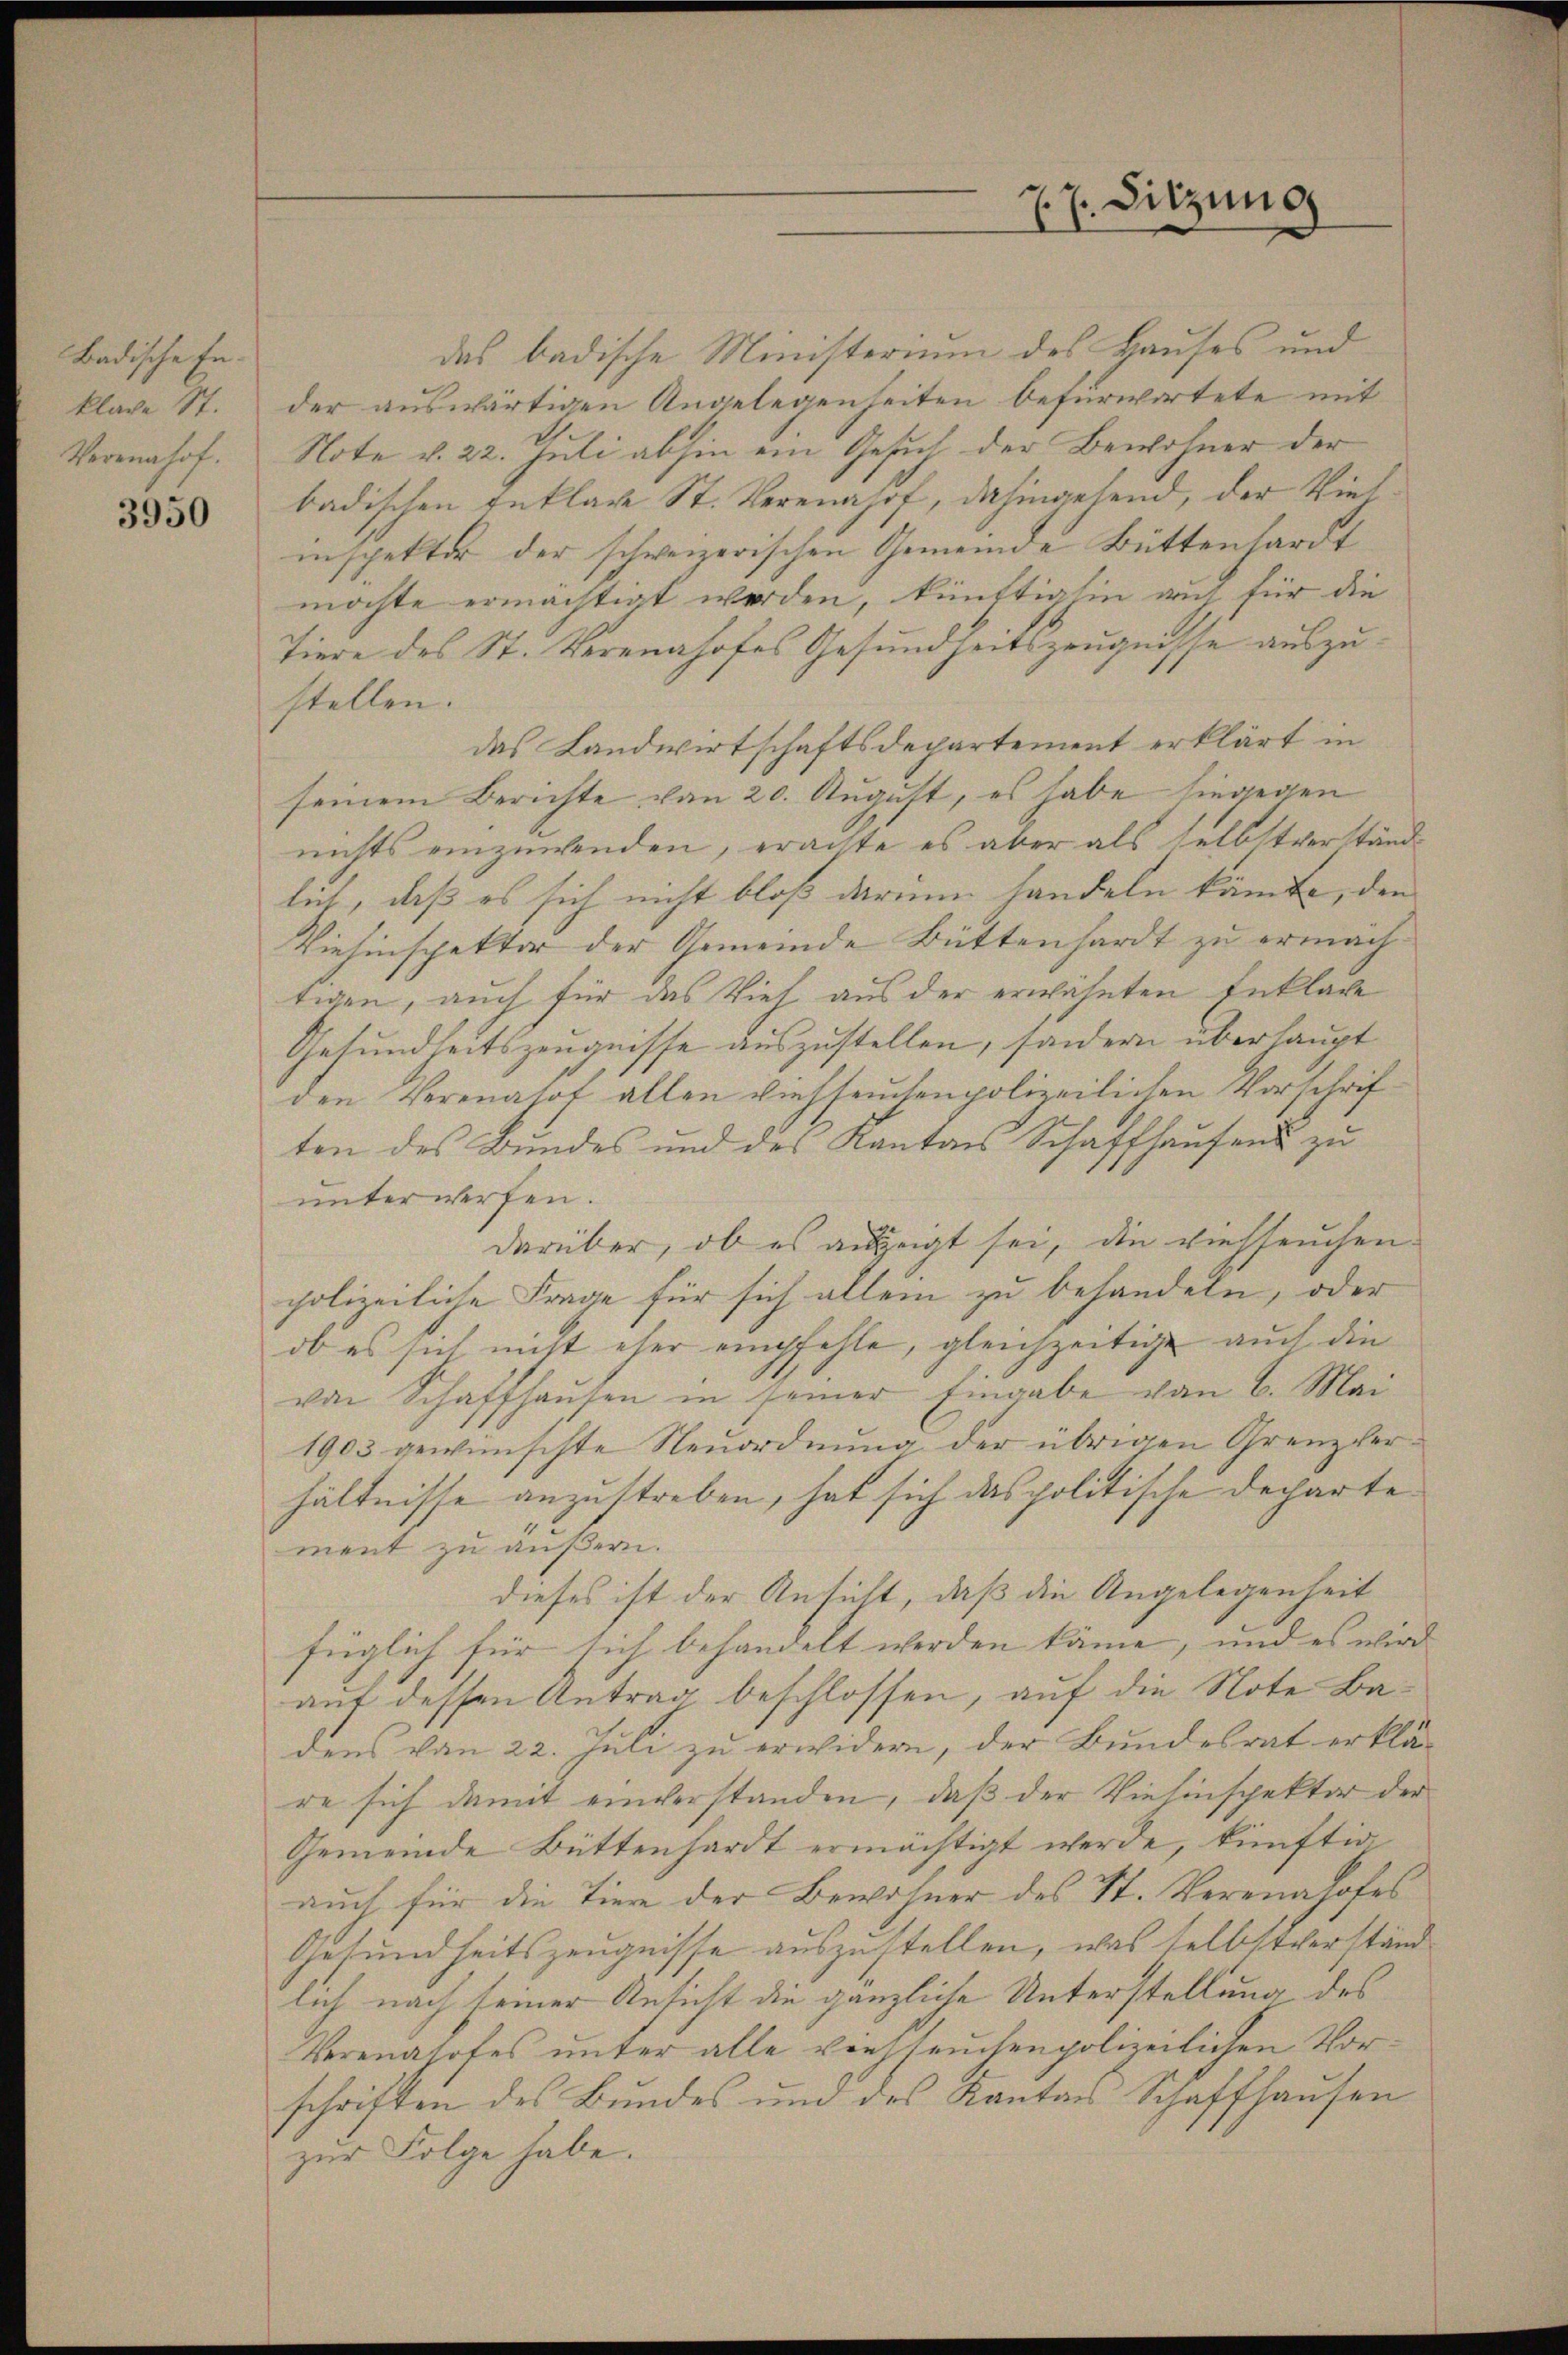
Badische En
klave St.
Verennhof.

3950

das badische Ministerium des Hauses und
der auswärtigen Angelegenheiten befürwortete mit
Note v. 22. Juli abhin ein Gesuch der Bewohner der
badischen Anklare St. Verenahof, dahingehend, der Vielinspektor der schweizerischen Gemeinde Buttenhardt
möchte ermächtigt werden, künftighin auf für die
Tiere des St. Verennhofes Gesundheitszeugnisse auszustellen.
das Landwirtschaftsdepartement erklärt in
seinem Berichte von 20. August, es habe hingegen
nichts einzuwenden, erachte es aber als selbstverständlich, daß es sich nicht bloß darum handeln könnte, den
Viesinspektor der Gemeinde Büttenhardt zu ermach- |
tigen, auch für das Vieh aus der erwähnten Enklage
Gesundheitszeugnisse auszustellen, sondern überhaupt
den Verenatot allen viehseuchenpolizeilichen Vorschrif
ten des Bundes und des Kantons Schaffhausens zu
unterwerfen.
darüber, ob es anzeigt sei, die viehseuchen.
polizeiliche Frage für sich allein zu behandeln, oder
ob es sich nicht eher empfehle, gleichzeitige auch die
von Schaffhausen in seiner Eingabe von 6. Mai
1903 gewünschte Neuordnŭng der übrigen Grenzver-
hältnisse anzustreben, hat sich das politische Decharte
ment zu äußern.
dieses ist der Ansicht, daß die Angelegenheit
füglich für sich behandelt werden käme, und es wird
auf dessen Antrag beschlossen, auf die Note Badens von 22. Juli zu erwidern, der Bundesrat erklä-
re sich damit einverstanden, daß der Viesinspektor der
Gemeinde Büttenhardt ermächtigt werde, künftig
auch für die Tiere der Bewohner des St. Verennhofes
Gesundheitszeugnisse auszustellen, was selbstverständ
lich nach seiner Ansicht die gänzliche Unterstellung des
Verenahofes unter alle vielleuchenpolizeilichen Vorschriften des Bundes und des Kantons Schaffhausen
zur Folge habe.

77. Sitzung